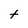
Character: t